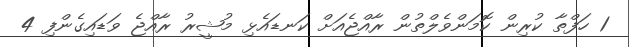
1 ހަފްތާ ކުރިން ކޮމަންވެލްތުން ރާއްޖެއަށް ކަނޑައެޅި މުޝީރު ރާއްޖެ ވަޑައިގެންފި 4